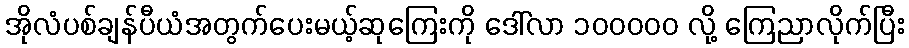
အိုလံပစ်ချန်ပီယံအတွက်ပေးမယ့်ဆုကြေးကို ဒေါ်လာ ၁၀၀၀၀၀ လို့ ကြေညာလိုက်ပြီး